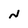
Character: N